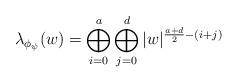
LaTeX: \begin{align*}\lambda_{\phi_{\psi}}(w)= \bigoplus_{i=0}^{a}\bigoplus_{j=0}^{d} |w|^{\frac{a+d}{2}-(i+j)} \end{align*}